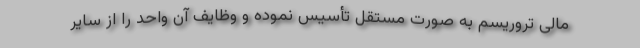
مالی تروریسم به صورت مستقل تأسیس نموده و وظایف آن واحد را از سایر